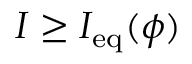
I \geq I _ { \mathrm { e q } } ( \phi )